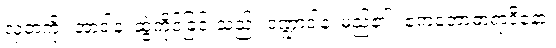
လှံတံကို။ အာဒါနံ၊ ဆွဲကိုင်ခြင်းသည်။ ဒဏ္ဍာဒါနံ၊ မည်၏။ ဧကတောဓာရာဒိနော၊